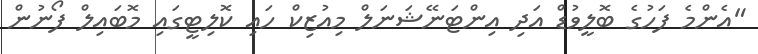
"އެންމެ ފަހުގެ ބޮލީވުޑް އަދި އިންޓަނޭޝަނަލް މިއުޒިކް ހައި ކޮލިޓީގައި މޮބައިލް ފޯނުން